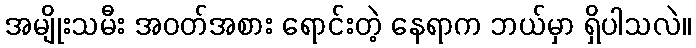
အမျိုးသမီး အဝတ်အစား ရောင်းတဲ့ နေရာက ဘယ်မှာ ရှိပါသလဲ။